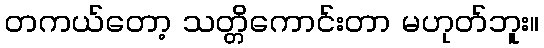
တကယ်တော့ သတ္တိကောင်းတာ မဟုတ်ဘူး။